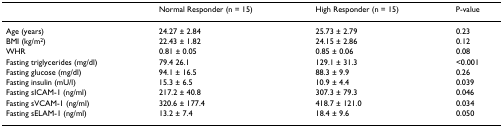
<table><thead><tr><td></td><td><b>Normal Responder (n = 15)</b></td><td><b>High Responder (n = 15)</b></td><td><b>P-value</b></td></tr></thead><tbody><tr><td>Age (years)</td><td>24.27 ± 2.84</td><td>25.73 ± 2.79</td><td>0.23</td></tr><tr><td>BMI (kg/m<sup>2</sup>)</td><td>22.43 ± 1.82</td><td>24.15 ± 2.86</td><td>0.12</td></tr><tr><td>WHR</td><td>0.81 ± 0.05</td><td>0.85 ± 0.06</td><td>0.08</td></tr><tr><td>Fasting triglycerides (mg/dl)</td><td>79.4 26.1</td><td>129.1 ± 31.3</td><td>&lt;0.001</td></tr><tr><td>Fasting glucose (mg/dl)</td><td>94.1 ± 16.5</td><td>88.3 ± 9.9</td><td>0.26</td></tr><tr><td>Fasting insulin (mU/l)</td><td>15.3 ± 6.5</td><td>10.9 ± 4.4</td><td>0.039</td></tr><tr><td>Fasting sICAM-1 (ng/ml)</td><td>217.2 ± 40.8</td><td>307.3 ± 79.3</td><td>0.046</td></tr><tr><td>Fasting sVCAM-1 (ng/ml)</td><td>320.6 ± 177.4</td><td>418.7 ± 121.0</td><td>0.034</td></tr><tr><td>Fasting sELAM-1 (ng/ml)</td><td>13.2 ± 7.4</td><td>18.4 ± 9.6</td><td>0.050</td></tr></tbody></table>